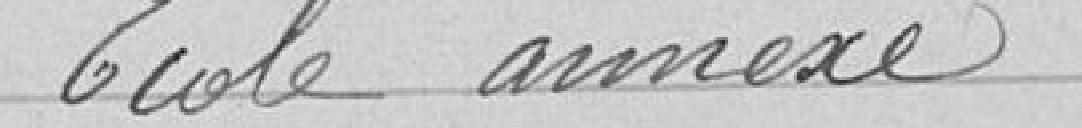
Ecole annexe